Vital statistics of India. Vol. VI, European troops 1870-79
Year: 1870
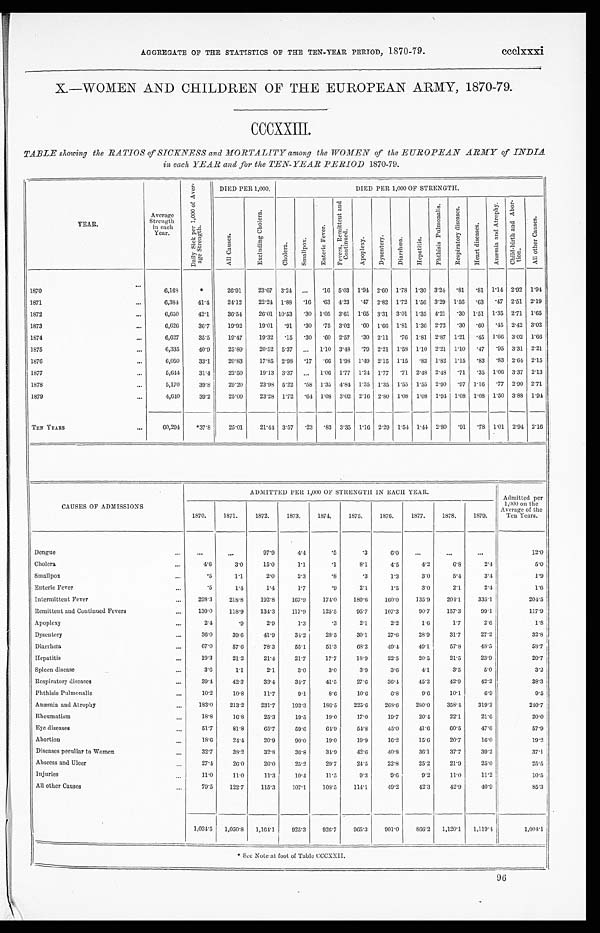
AGGREGATE OF THE STATISTICS OF THE TEN-YEAR PERIOD, 1870-79.
ccclxxxi
X.—WOMEN AND CHILDREN OF THE EUROPEAN ARMY, 1870-79.
CCCXXIII.
TABLE showing the RATIOS of SICKNESS and MORTALITY among the WOMEN of the EUROPEAN ARMY of INDIA
in each YEAR and for the TEN-YEAR PERIOD 1870-79.
YEAR.
Average
Strength
in each
Year.
D a i l y S i c k p e r 1 , 0 0 0 o f A v e r -
a g e S t r e n g t h .
DIED PER 1,000.
DIED PER 1,000 OF STRENGTH.
A l l C a u s e s .
E x c l u d i n g C h o l e r a .
C h o l e r a .
S m a l l p o x .
E n t e r i c F e v e r .
F e v e r s , R e m i t t e n t a n d
Co n t i n u e d .
A p o p l e x y .
D y s e n t e r y .
D i a r r h œ a .
H e p a t i t i s .
P h t h i s i s P u l m o n a l i s .
R e s p i r a t o r y d i s e a s e s .
H e a r t d i s e a s e s .
A n æ m i a a n d A t r o p h y .
C h i l d - b i r t h a n d A b o r -
ti on.
A l l o t h e r C a u s e s .
1870
...
6,168
*
26.91
23.67 3.24 ... .16 5.03 1.94 2.60 1.78 1.30 3.24 .81 .81 1.14 2.92 1.94
1871
...
6,384
41.4
24.12
22.24 1.88
.16 .63 4.23 .47 2.82 1.72 1.56 3.29 1.56 .63 .47 2.51 2.19
1872
...
6,650
42.1
36.54
26.01 10.53 .30 1.05 3.61 1.65 3.31 3.01 1.35 4.21 .30 1.51 1.35 2.71 1.65
1873
...
6,626
36.7
19.92
19.01 .91
.30 .75 3.02 .60 1.66 1.81 1.36 2.72 .30 .60 .45 2.42 3.02
1874
. . .
6,627
35.5
19.47
19.32 .15
.30 .60 2.57 .30 2.11 .76 1.81 2.87 1.21 .45 1.66 3.02 1.66
1875
...
6,335
40.9
25.89
20.52 5.37 ... 1.10 3.48 .79 2.21 1.58 1.10 2.21 1.10 .47 .95 3.31 2.21
1876
...
6,050
33.1
20.83
17.85 2.98 .17 .66 1.98 1.49 2.15 1.15 .83 1.82 1.15 .83 .83 2.64 2.15
1877
. . .
5,644
31.4
22.50
19.13 3.37 ... 1.06 1.77 1.24 1.77 .71 2.48 2.48 .71 .35 1.06 3.37 2.13
1878
...
5,170
39.8
29.20
23.98 5.22 .58 1.35 4.84 1.35 1.35 1.55 1.55 2.90 .97 1.16 .77 2.90 2.71
1879
...
4,640
39.2
25.00
23.28 1.72
.64 1.08 3.02 2.16 2.80 1.08 1.08 1.94 1.08 1.08 1.50 3.88 1.94
TEN YEARS
...
60,294 *37.8
25.01
21.44 3.57 .23 .83 3.35 1.16 2.29 1.54 1.44 2.80 .91
. 7 8 1.01 2.94 2.16
ADMITTED PER 1,000 OF STRENGTH IN EACH YEAR.
Admitted per
1,000 on the
Average of the
Ten Years.
CAUSES OF ADMISSIONS
1870.
1871.
1872.
1873.
1874.
1875.
1876.
1877.
1878.
1879.
Dengue
. . .
. . . ...
9 7 . 9
4.4
.5
.3
6.0 ...
...
...
12.0
Cholera
...
4 . 6
3.0
15.0
1.1
.1
8.1
4.5
4.2
6.8
2.4
5.0
Smallpox
...
. 5
1.1
2.0
2.3
. 8
.3
1 . 3
3.0
5.4
3.4
1.9
Enteric Fever
...
. 5
1.4
1.4
1.7
.9
2.1
1.5
3.0
2.1
2.4
1.6
Intermittent Fever
...
2 9 8 . 3 218.8
192.8
167.9
174.0
189.6
160.0
135.9
204.1
335.1
204.5
Remittent and Continued Fevers
...
1 3 0 . 0 118.9
134.3
117.9
125.5
95.7
107.3
90.7
157.3
99.1
117.9
Apoplexy
...
2 . 4
.9
2.9
1.3
.3
2.1
2.2
1.6
1.7
2.6
1.8
Dysentery
...
36.0
39.6
41.9
34.2
28.5
30.1
27.6
28.9
31.7
27.2
32.8
Diarrhœa
...
6 7 . 0
57.6
78.3
55.1
51.3
68.2
49.4
49.1
57.8
48.5
58.7
Hepatitis
...
1 9 . 3
21.2
21.4
21.7
17.7
18.9
22.5
20.5
21.5
23.9
20.7
Spleen disease
...
3.6
1.1
2.1
3.0
3.0
3.9
3.6
4.1
3.5
5.0
3.2
Respiratory diseases
...
3 9 . 4
42.3
33.4
34.7
41.5
27.6
36.4
45.2
42.9
42.2
38.3
Phthisis Pulmonalis
...
10.2
10.8
11.7
9.1
8.6
10.6
6.8
9.6
10.1
6.9
9.5
Anæmia and Atrophy
...
1 8 3 . 0 213.2
231.7
193.3
186.5
225.6
268.6
280.0
358.4
319.2
240.7
Rheumatism
...
18.8
16.8
25.3
19.5
19.0
17.0
19.7
20.4
22.1
21.6
20.0
Eye diseases
. . .
5 1 . 7
81.8
65.7
59.6
64.9
54.8
45.0
41.6
60.5
47.6
57.9
Abortion
. . .
1 8 . 6
24.4
20.9
90.0
19.0
19.9
16.2
15.6
20.7
16.0
19.2
Diseases peculiar to Women
. . .
3 2 . 7
38.2
32.8
36.8
34.9
42.6
40.8
36.1
37.7
39.2
37.1
Abscess and Ulcer
...
27.4
26.0
26.0
25.2
29.7
24.5
22.8
25.2
21.9
25.0
25.5
Injuries
...
11.0
11.0
11.3
10.4
11.5
9.3
9.6
9.2
11.0
11.2
10.5
All other Causes
. . .
79.5
122.7
115.3
107.1
108.5
114.1
49.2
42.3
42.9
40.9
85.3
1,034.5 1,050.8 1,164.1
925.3
926.7
965.3
901.0
866.2 1,120.1 1,119.4
1,004.1
* See Note at foot of Table CCCXXII.
96